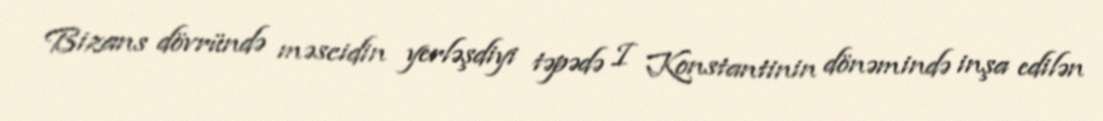
Bizans dövründə məscidin yerləşdiyi təpədə I Konstantinin dönəmində inşa edilən